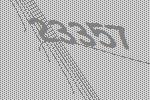
23357